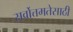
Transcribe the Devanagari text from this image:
सर्वोत्तमतेसाठी